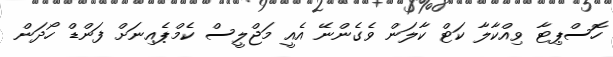
ހޮސްޕިޓާ ވިއްކާލާ ކަޓް ކާލަން ވެގެންނޭ އެެއީ މަޖްލީސް ކެމްޕެއިނަށް ފަންޑް ހޯދަން